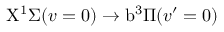
\mathrm { X } ^ { 1 } \Sigma ( v = 0 ) \rightarrow \mathrm { b } ^ { 3 } \Pi ( v ^ { \prime } = 0 )